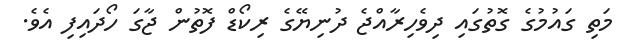
މަތި ގައުމުގެ ގޮތުގައި ދިވެހިރާއްޖެ ދުނިޔޭގެ ރިކޯޑް ފޮތުން ޖާގަ ހޯދައިފި އެވެ.